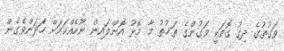
ވަގުތުގެ ދިގު ގޮތަކީ ވަގުންގެ ތަޚުތު މާ މޮޅު އޮންލައިން ނޫހެއްކަމަށް ހަދަންވެގެން